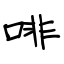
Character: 啡